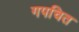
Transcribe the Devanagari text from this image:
गपचित